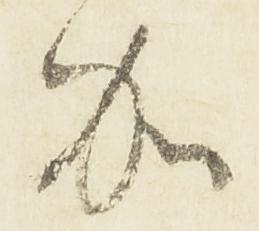
加